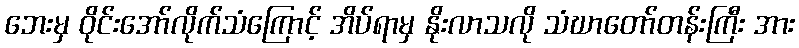
ဘေးမှ ဝိုင်းအော်လိုက်သံကြောင့် အိပ်ရာမှ နိုးလာသလို သံဃာတော်တန်းကြီး အား